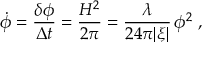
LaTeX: \dot { \phi } = { \frac { \delta \phi } { \Delta t } } = { \frac { H ^ { 2 } } { 2 \pi } } = { \frac { \lambda } { 2 4 \pi | \xi | } } \, \phi ^ { 2 } \ ,